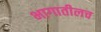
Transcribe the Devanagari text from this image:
भागातीलच